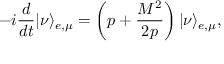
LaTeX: - i { \frac { d } { d t } } | \nu \rangle _ { e , \mu } = \left( p + { \frac { { \cal M } ^ { 2 } } { 2 p } } \right) | \nu \rangle _ { e , \mu } ,